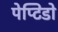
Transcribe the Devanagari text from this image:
पेप्टिडो